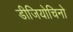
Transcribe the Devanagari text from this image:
डीजियोचिनो